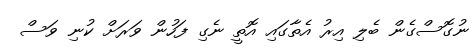
ނުގޮސްގެން ބެލި އިރު އެތާގައި އޮތީ ނެގި ފަހުން ވަރަށް ކުނި ވަސް